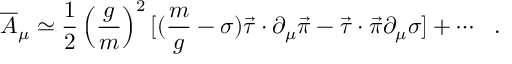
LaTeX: { \overline { { A } } } _ { \mu } \simeq \frac { 1 } { 2 } \left( \frac { g } { m } \right) ^ { 2 } [ ( { \frac { m } { g } } - \sigma ) \vec { \tau } \cdot \partial _ { \mu } \vec { \pi } - \vec { \tau } \cdot \vec { \pi } \partial _ { \mu } \sigma ] + \cdots ~ ~ .